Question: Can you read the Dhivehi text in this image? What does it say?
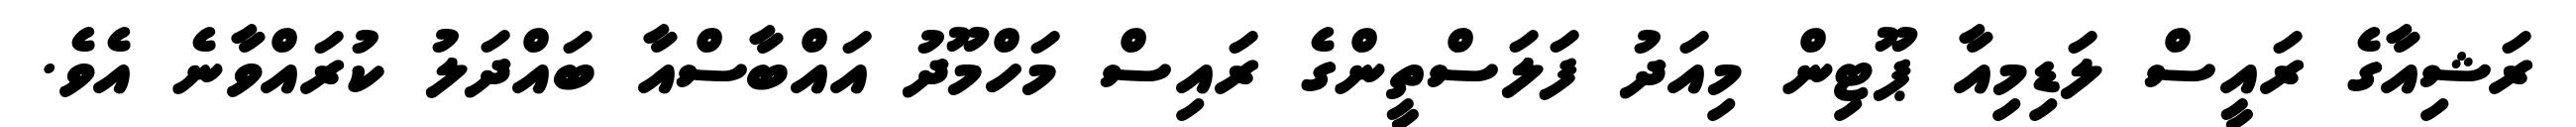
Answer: ރަޝިއާގެ ރައީސް ލަޑިމިއާ ޕޫޓިން މިއަދު ފަލަސްތީންގެ ރައިސް މަހްމޫދު އައްބާސްއާ ބައްދަލު ކުރައްވާނެ އެވެ.